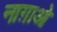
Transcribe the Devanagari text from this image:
नाग़ाओ